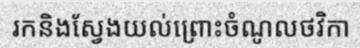
រកនិងស្វែងយល់ព្រោះចំណូលថវិកា